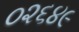
૦૨૬૪૯